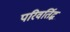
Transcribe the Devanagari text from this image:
परिवर्तिद्ध